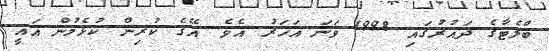
ބްލެޓާގެ ދައުރުގައި 1998 ވަނަ އަހަރު އެވެ. އޭގެ ކުރިން ކުޅެމުން އައީ